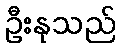
ဦးနုသည်